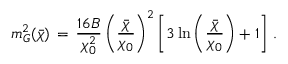
m _ { G } ^ { 2 } ( \bar { \chi } ) \, = \, \frac { 1 6 B } { \chi _ { 0 } ^ { 2 } } \left( \frac { \bar { \chi } } { \chi _ { 0 } } \right) ^ { 2 } \left[ 3 \ln \left( \frac { \bar { \chi } } { \chi _ { 0 } } \right) + 1 \right] \, .